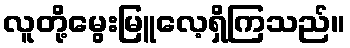
လူတို့မွေးမြူလေ့ရှိကြသည်။